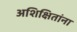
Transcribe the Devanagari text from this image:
अशिक्षितांना